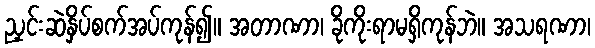
ညှင်းဆဲနှိပ်စက်အပ်ကုန်၍။ အတာဏာ၊ ခိုကိုးရာမရှိကုန်ဘဲ။ အသရဏာ၊